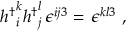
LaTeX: { h ^ { \dagger } } _ { i } ^ { k } { h ^ { \dagger } } _ { j } ^ { l } \, \epsilon ^ { i j 3 } = \, \epsilon ^ { k l 3 } \ ,